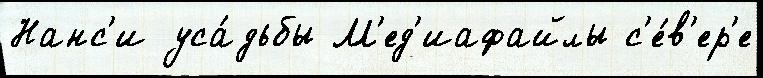
Нанс'и уса́дьбы М'ед'иафайлы с'е́в'ер'е